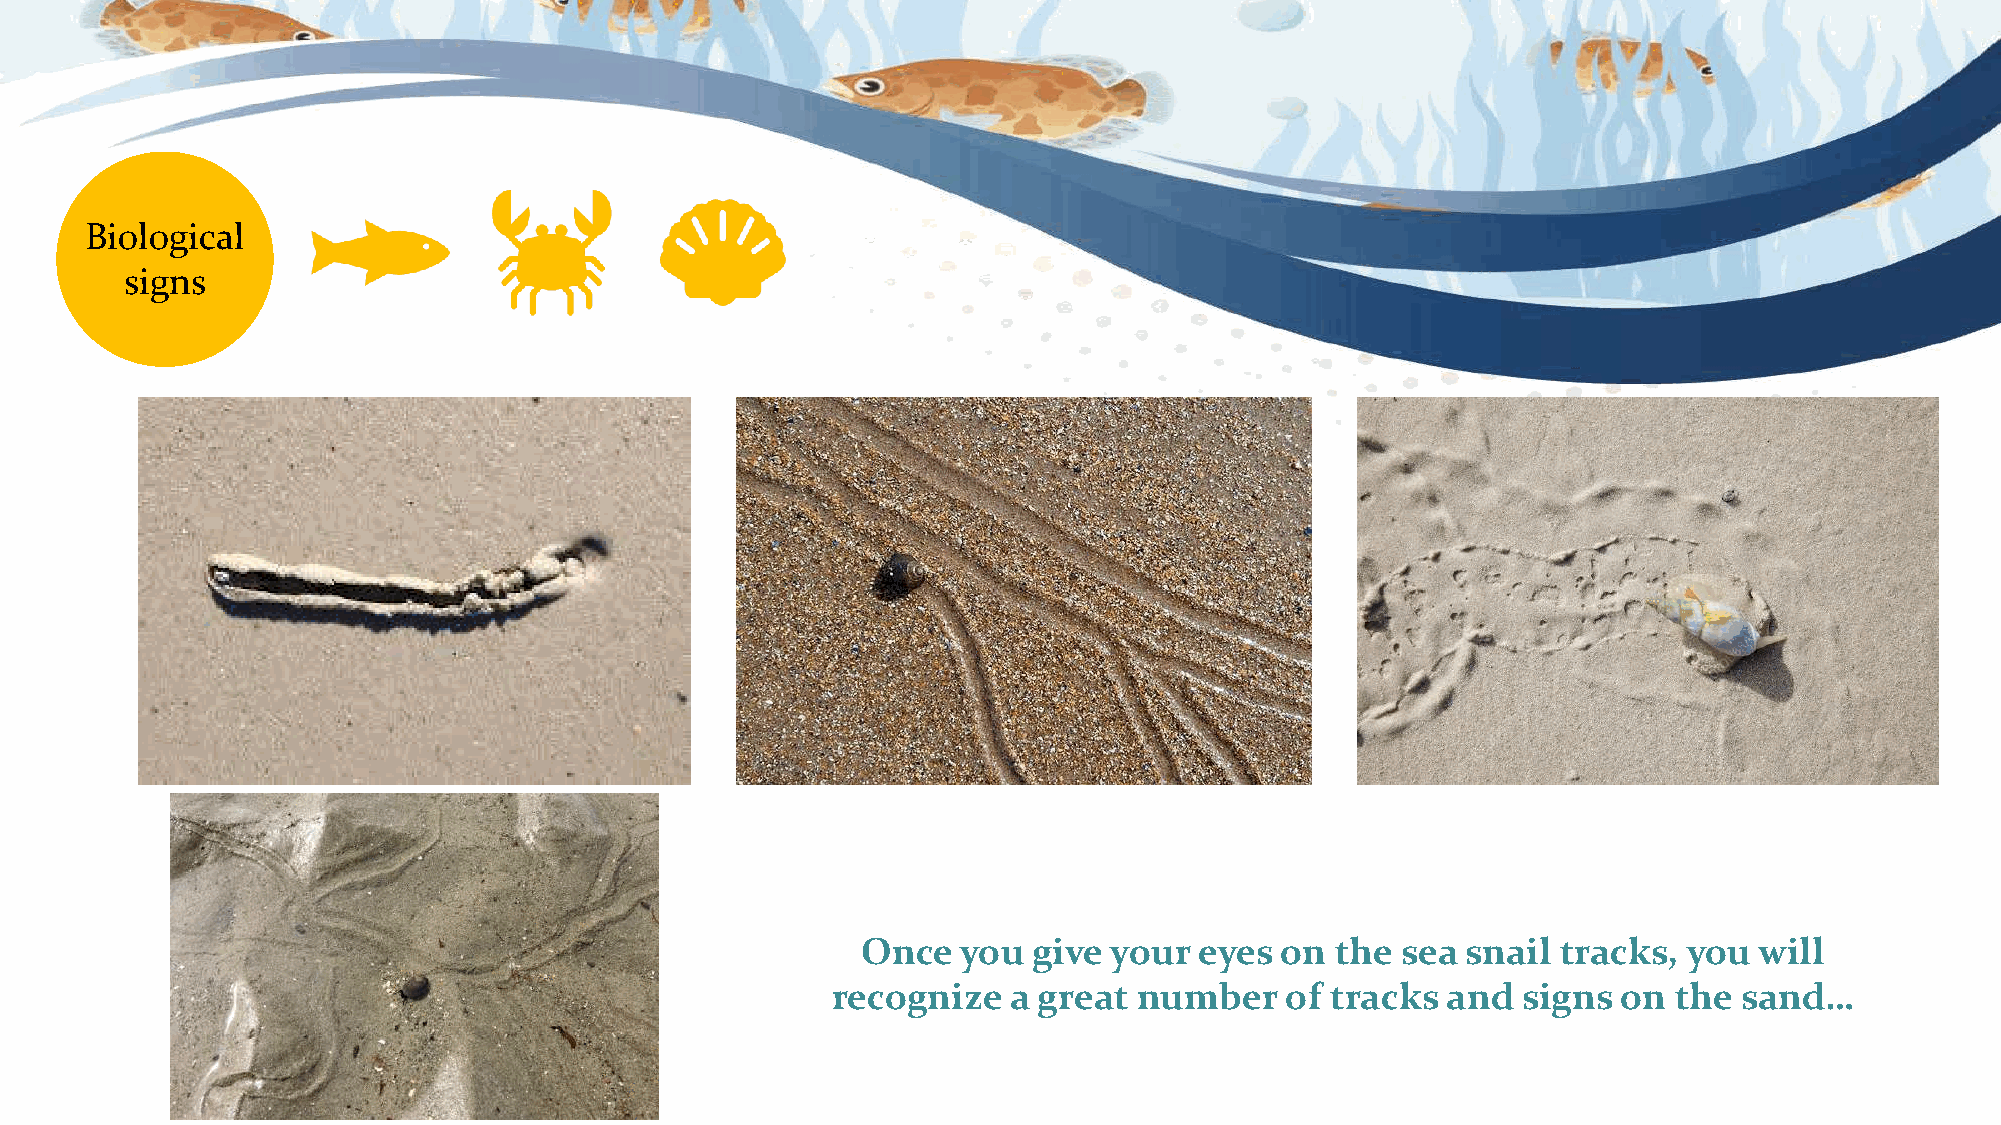
Biological
 signs
 Once   you give your  eyes  on the  sea snail tracks,  you will
 recognize   a great number    of tracks  and  signs on  the sand…